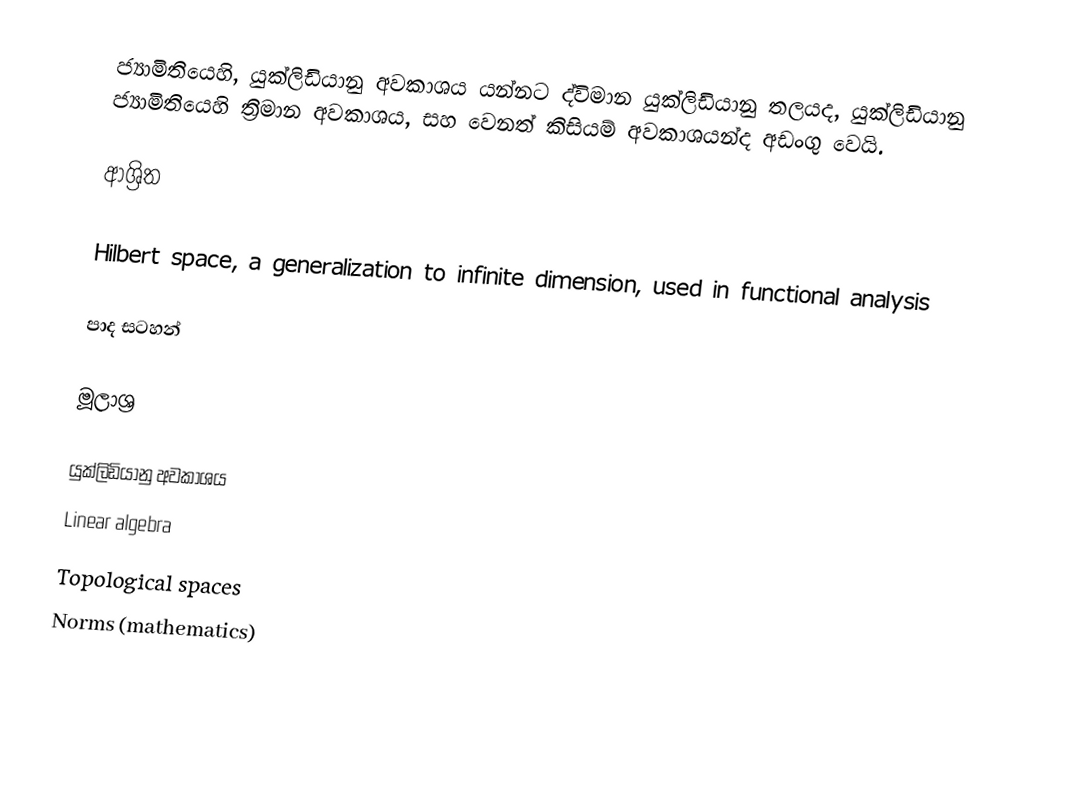
ජ්‍යාමිතියෙහි, යුක්ලිඩියානු අවකාශය යන්නට ද්විමාන යුක්ලිඩියානු තලයද, යුක්ලිඩියානු ජ්‍යාමිතියෙහි ත්‍රිමාන අවකාශය, සහ වෙනත් කිසියම් අවකාශයන්ද අඩංගු වෙයි.

ආශ්‍රිත

 Hilbert space, a generalization to infinite dimension, used in functional analysis

පාද සටහන්

මූලාශ්‍ර

යුක්ලිඩියානු අවකාශය
Linear algebra
Topological spaces
Norms (mathematics)